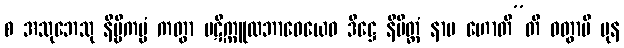
စ အသုဘေသု နိဗ္ဗိကပ္ပံ ကတွာ ပဋိက္ကူလဘာဝေယေဝ ဒိဋ္ဌေ နိမိတ္တံ နာမ ဟောတီ”တိ ဝတွာပိ ပုန